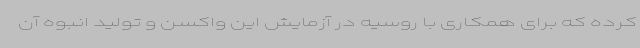
کرده که برای همکاری با روسیه در آزمایش این واکسن و تولید انبوه آن